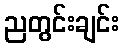
ညတွင်းချင်း